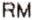
RM